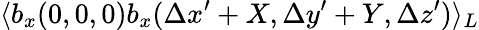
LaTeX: \langle b_{x}(0,0,0)b_{x}(\Delta x^{\prime}+X,\Delta y^{\prime}+Y,\Delta z^{\prime})\rangle_{L}